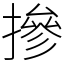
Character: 摻